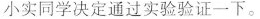
小实同学决定通过实验验证一下。